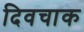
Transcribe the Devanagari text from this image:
दिवचाक